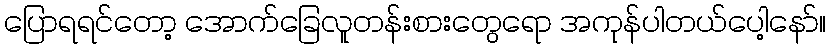
ပြောရရင်တော့ အောက်ခြေလူတန်းစားတွေရော အကုန်ပါတယ်ပေါ့နော်။